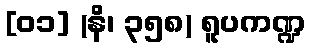
[၀၁] (နိ၊ ၃၅၈) ရူပကဏ္ဍ